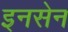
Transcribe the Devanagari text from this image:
इनसेन